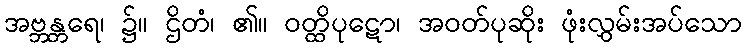
အဗ္ဘန္တရေ၊ ၌။ ဌိတံ၊ ၏။ ဝတ္ထိပုဋော၊ အဝတ်ပုဆိုး ဖုံးလွှမ်းအပ်သော